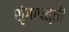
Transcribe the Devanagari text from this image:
शृंगापत्ती